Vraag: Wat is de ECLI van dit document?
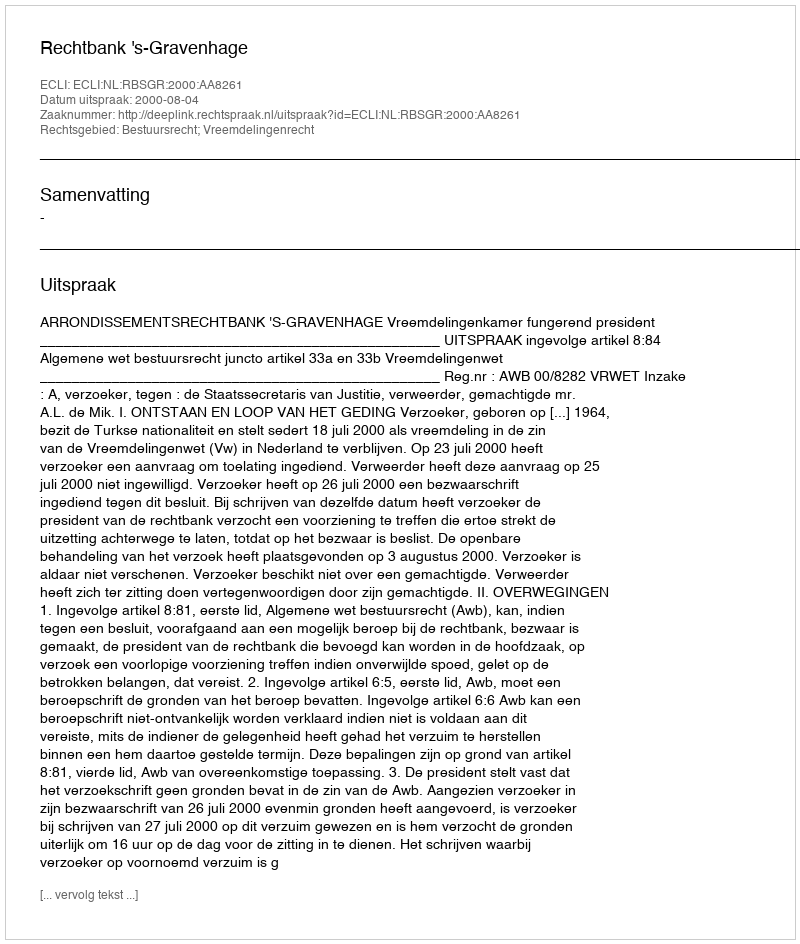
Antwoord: ECLI:NL:RBSGR:2000:AA8261